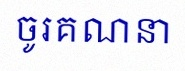
ចូរគណនា